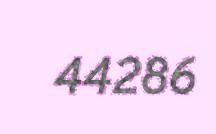
44286